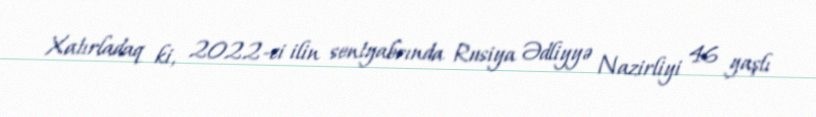
Xatırladaq ki, 2022-ci ilin sentyabrında Rusiya Ədliyyə Nazirliyi 46 yaşlı